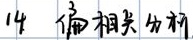
1.4 偏相关分析